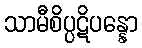
သာမီစိပ္ပဋိပန္နော